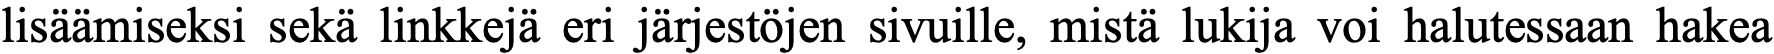
lisäämiseksi sekä linkkejä eri järjestöjen sivuille, mistä lukija voi halutessaan hakea